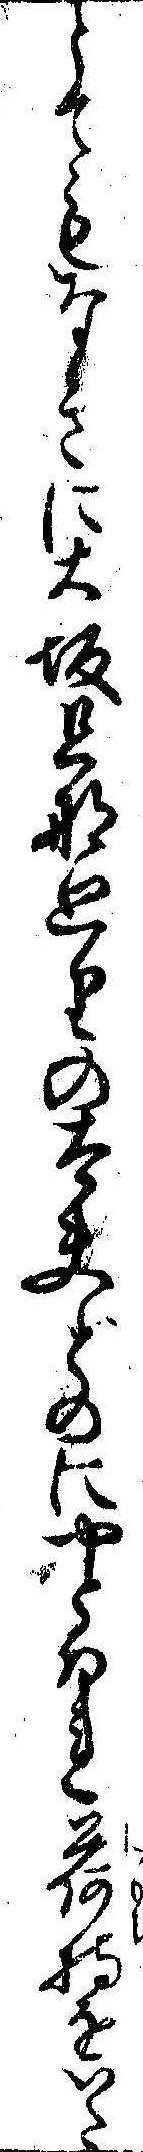
とてもなきに大坂旦那廻りの太夫どのにやとはれ荷持をいた